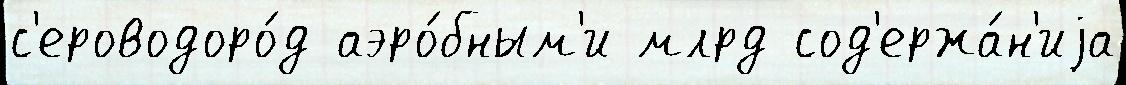
с'ероводоро́д аэро́бным'и млрд сод'ержа́н'иjа